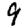
Digit: 9